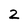
Character: 2